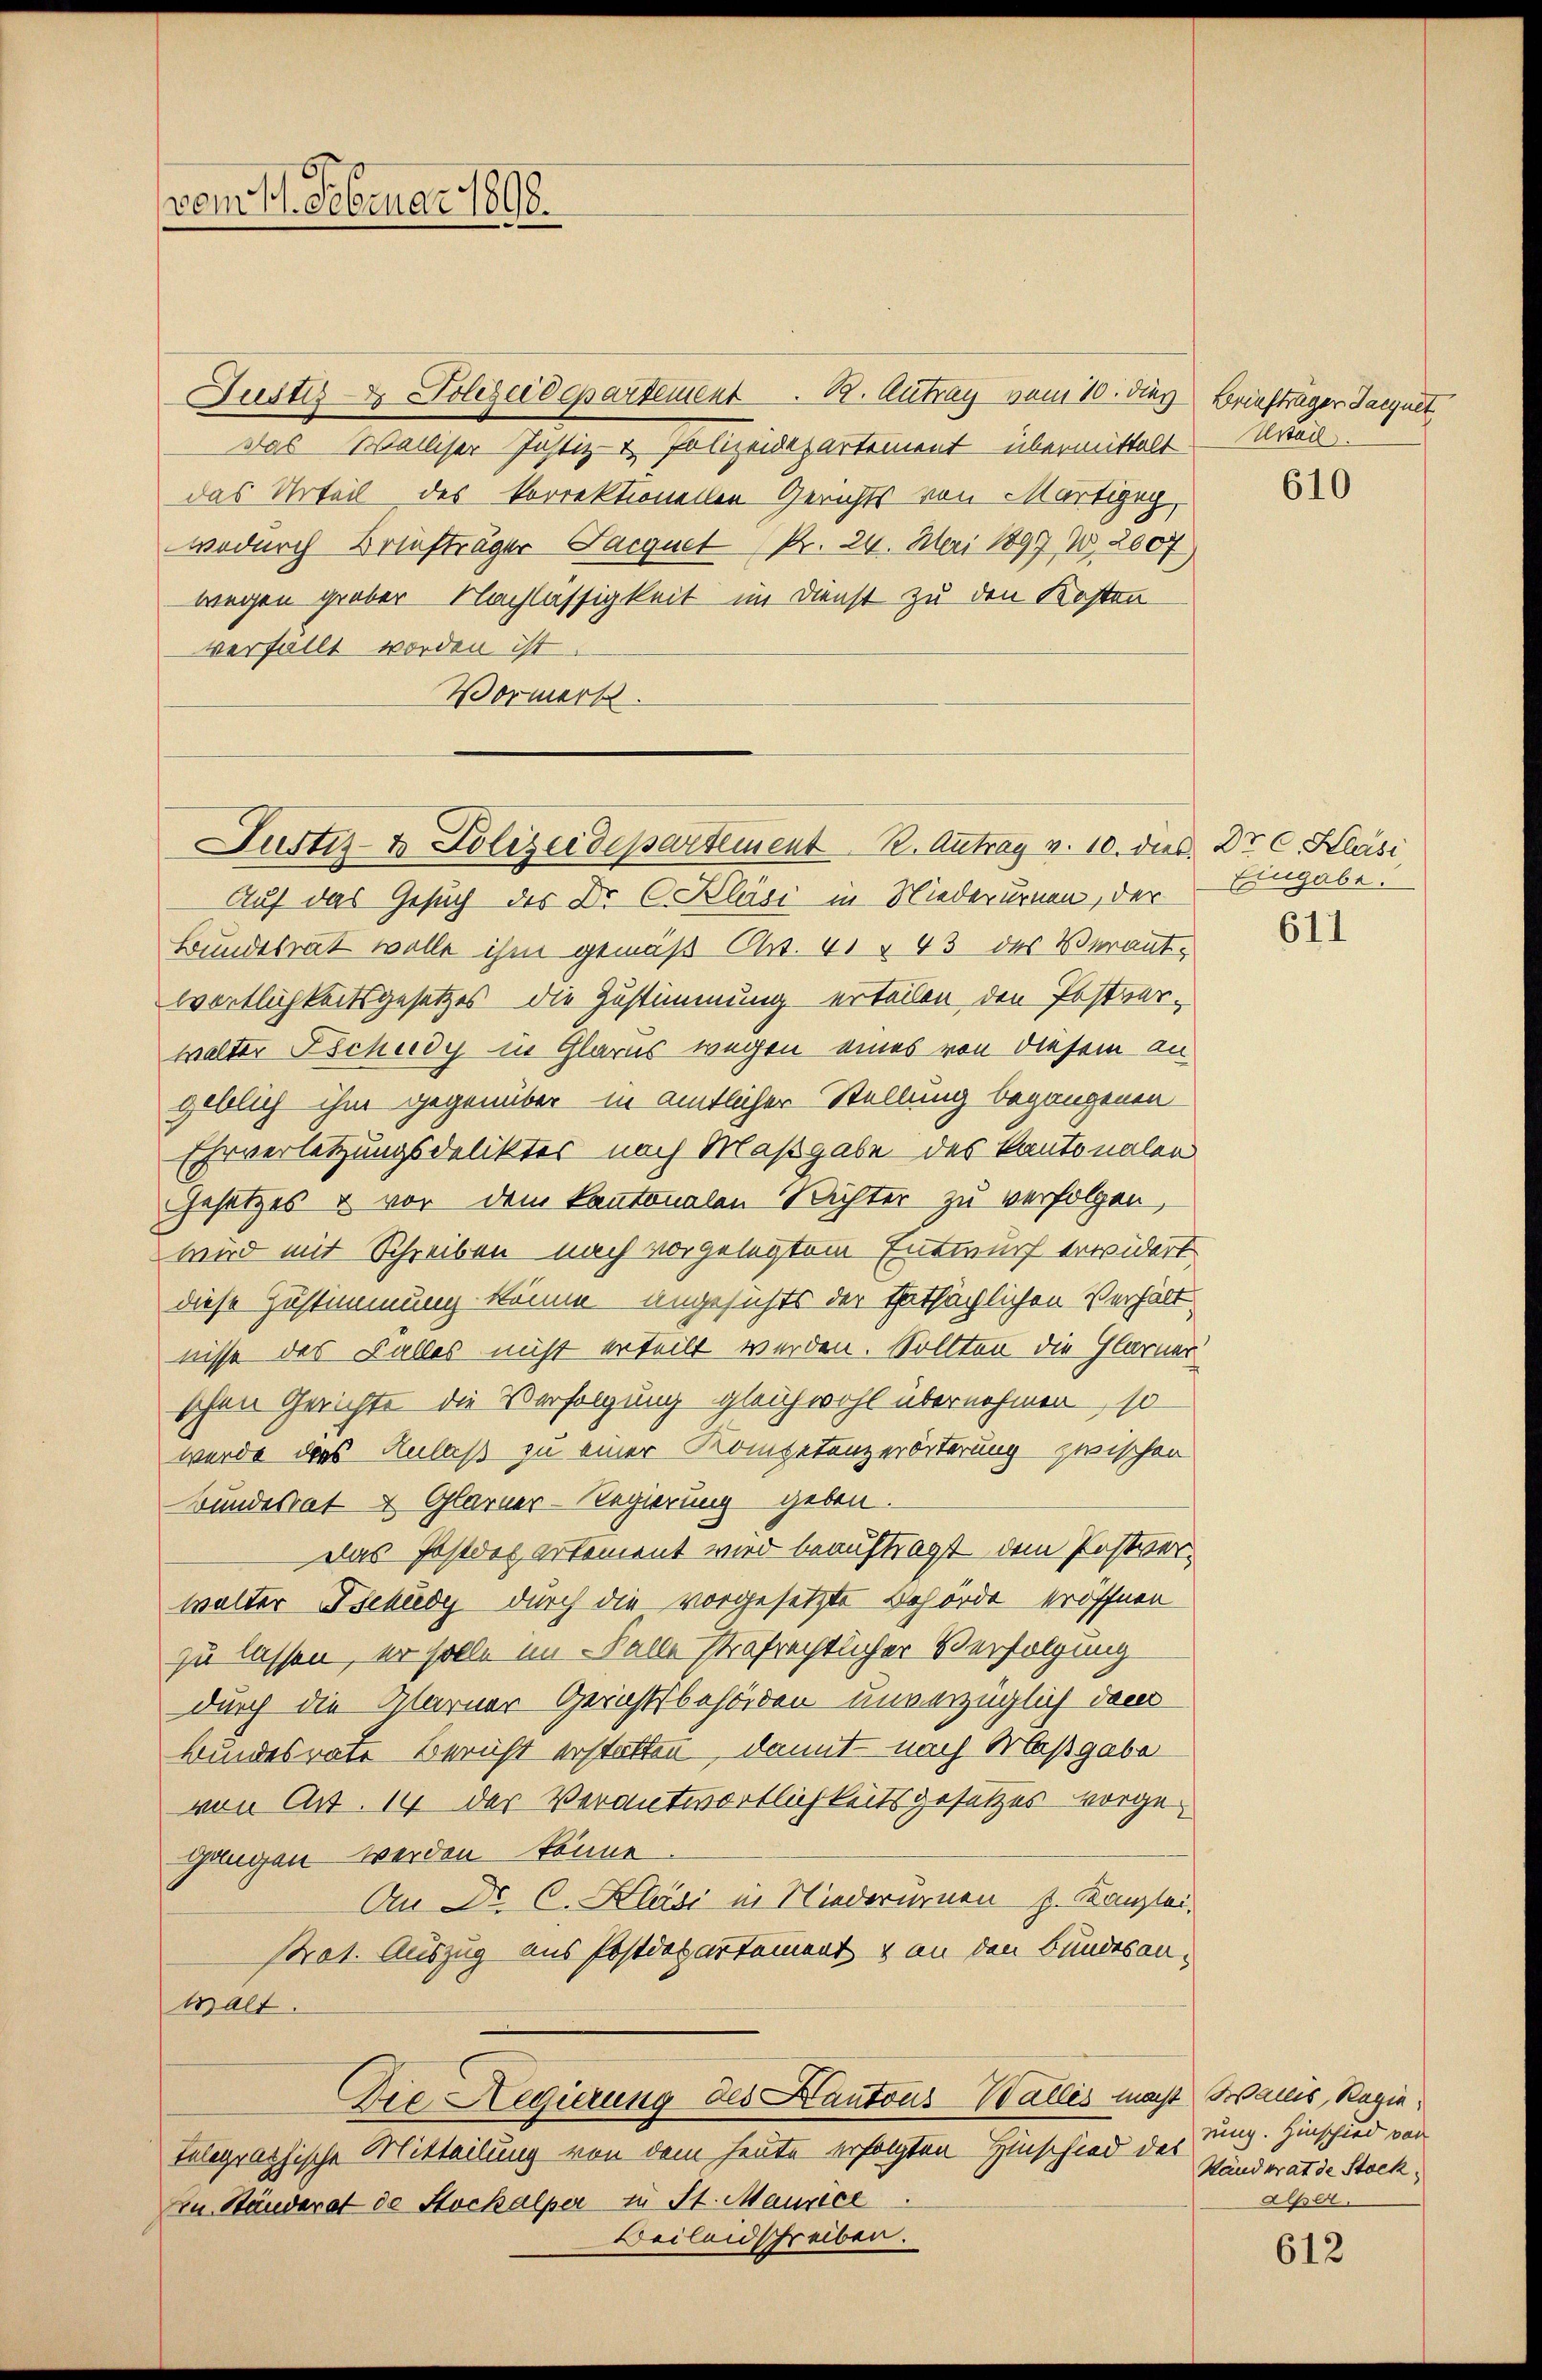
vom 1. Februar 1898

Justiz & Polizeidepartement. B. Antrag vom 10. dies Briefträger Jacquit
Das Walliser Justiz- & Polizeidepartement übermittelt — Krei
das Urteil des korrektionellen Gerichts von Martigeg
wodurch Briefträger Jacquet Nr. 24. Mai 1897 W.2007,
wegen grober Nachlässigkeit im Dienst zu den Kosten
verfällt worden ist.
Vormerk

Justiz- & Polizeidepartement 2. Antrag v. 10. des Dr. C. Klasi

Auf das Gesuch des Dr. C. Kläsi in Niederurnen, der Eingabe.
Bundesrat wolle ihm gemäß Art. 41 § 43 des Verantwortlichkeitsgesetzes die Zustimmung erteilen, den Postverwalter Tschiedy in Glarus wegen eines von diesem an
geblich ihm gegenüber in amtlicher Stellung begangenen
Ehrverletzungsdeliktes nach Maßgabe des Kantonalen
Gesetzes & vor dem Kantonalen Richter zu verfolgen,
wird mit Schreiben nach vorgelegtem Entwurf erwidert
diese Zustimmung könne angesichts der Thatsächlichen Verhält
nisse des Falles nicht erteilt werden. Sollten die Glarner
schen Gerichte die Verfolgung gleichwohl übernehmen, so
wurde das Anlaß zu einer Kompetenzerörterung zwischen
Bundesrat u. Glarner-Regierung geben.
Das Postdepartement wird beauftragt dem Postverwalter Bekiedy durch die vorgesetzte Behörde eröffnen
zu lassen, er solle im Falle strafrechtlicher Verfolgung
durch die Glarner Gerichtsbehörden unverzüglich dem
kundesrate Bericht erstatten, damit nach Maßgabe
von Art. 14 der Verantwortlichkeitsgesetzes vorgegangen werden könne
An Dr. C. Klasi in Niederurnen J. Kanzlei,
strat. Auszug aus Postdepartement & an den Bundesan-
walt.
Die Regierung des Kantons-Wallis macht Wallis, Regie
telegraphische Mitteilung von dem heute erfolgten Hinschied des
An Ständerat de Stockalper zu St. Maurice
Beileidschreiben.

610

611

rung. Hinschied von
Wänderat de Stock.
alper.

612